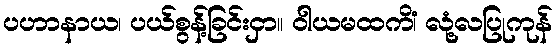
ပဟာနာယ၊ ပယ်စွန့်ခြင်းငှာ။ ဝါယမထကိံ၊ လုံ့လပြုကုန်